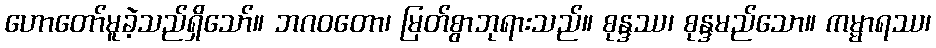
ဟောတော်မူခဲ့သည်ရှိသော်။ ဘဂဝတော၊ မြတ်စွာဘုရားသည်။ စုန္ဒဿ၊ စုန္ဒမည်သော။ ကမ္မာရဿ၊